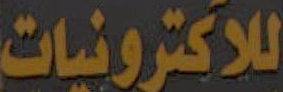
للاكترونيات